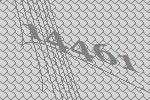
14461